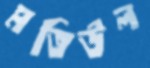
মতিউল